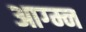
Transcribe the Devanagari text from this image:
आग्म्न